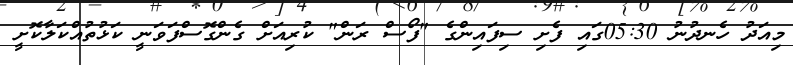
މިއަދު ހެނދުނު 05:30ގައި ފެށި ސިފައިންގެ "ފޯސް ރަން" ކުރިއަށް ގެންގޮސްފަވަނީ ކަޅުތުއްކަލާކޮށީ